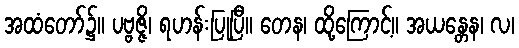
အထံတော်၌။ ပဗ္ဗဇ္ဇိ၊ ရဟန်းပြုပြီ။ တေန၊ ထို့ကြောင့်။ အယန္တေန၊ လ၊